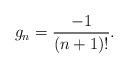
LaTeX: \begin{align*}g_{n}=\frac{-1}{\left(n+1\right)!}.\end{align*}